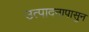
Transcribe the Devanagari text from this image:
उत्पादनापासुन